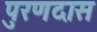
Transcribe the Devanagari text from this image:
पुरणदास